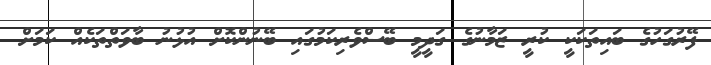
ފޭރުގަހުގެ ބައިތަކަކީ ކުރީ ޒަމާނުގެ ގަދީމީ ބޭސްވެރިކަމުގައި ބޭނުންކޮށް އުޅުނު ބާވަތްތަކެއް ކަމަށް